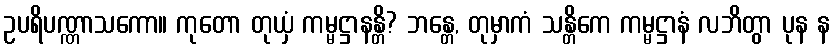
ဥပရိပဏ္ဏာသကော။ ကုတော တုယှံ ကမ္မဋ္ဌာနန္တိ? ဘန္တေ, တုမှာကံ သန္တိကေ ကမ္မဋ္ဌာနံ လဘိတွာ ပုန န